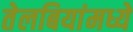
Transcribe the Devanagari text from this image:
तेलबियांमध्ये